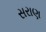
સરાણ